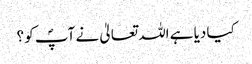
کیا دیا ہے اللہ تعالیٰ نے آپؐ کو ؟